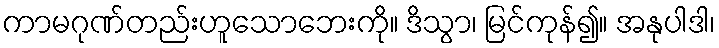
ကာမဂုဏ်တည်းဟူသောဘေးကို။ ဒိသွာ၊ မြင်ကုန်၍။ အနုပါဒါ၊